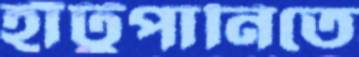
হাঁটুপানিতে